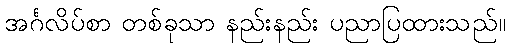
အင်္ဂလိပ်စာ တစ်ခုသာ နည်းနည်း ပညာပြထားသည်။